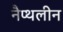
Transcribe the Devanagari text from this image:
नैप्थलीन